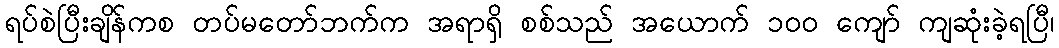
ရပ်စဲပြီးချိန်ကစ တပ်မတော်ဘက်က အရာရှိ စစ်သည် အယောက် ၁၀၀ ကျော် ကျဆုံးခဲ့ရပြီ၊